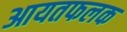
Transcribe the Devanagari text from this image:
आयतफलक